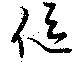
傴